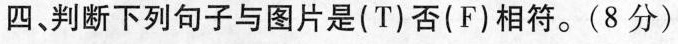
四、判断下列句子与图片是(T)否(F)相符。(8分)